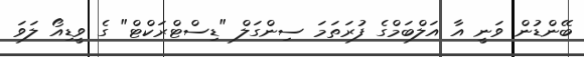
ބޭންޑުން ވަނީ އާ އަލްބަމްގެ ފުރަތަމަ ސިންގަލް "ޑިސްޓްރަކްޓް" ގެ ވީޑިއޯ ލަވަ